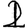
Digit: 2